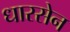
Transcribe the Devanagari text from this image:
धारसेन